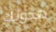
هدوئك